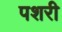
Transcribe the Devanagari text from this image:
पशरी